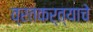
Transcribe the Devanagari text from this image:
व्रतकर्त्याचे